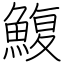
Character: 鰒